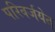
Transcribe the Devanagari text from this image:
परिवर्जयेत्